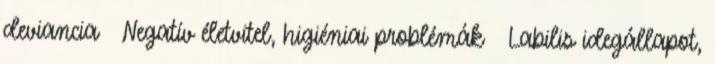
deviancia  Negatív életvitel, higiéniai problémák  Labilis idegállapot,